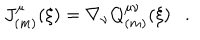
J _ { ( m ) } ^ { \mu } ( \xi ) = \nabla _ { \nu } Q _ { ( m ) } ^ { \mu \nu } ( \xi ) .